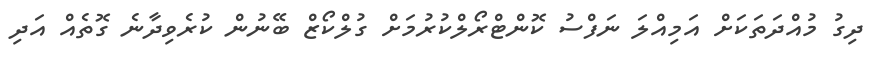
ދިގު މުއްދަތަކަށް އަމިއްލަ ނަފްސު ކޮންޓްރޯލްކުރުމަށް ގުލްކޯޒް ބޭނުން ކުރެވިދާނެ ގޮތެއް އަދި